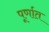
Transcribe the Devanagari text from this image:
पूर्णात